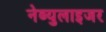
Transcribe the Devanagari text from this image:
नेब्युलाइजर